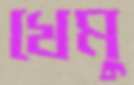
খেমু